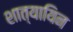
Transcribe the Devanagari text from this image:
शात्यायिन